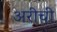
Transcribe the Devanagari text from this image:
अरीची